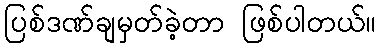
ပြစ်ဒဏ်ချမှတ်ခဲ့တာ ဖြစ်ပါတယ်။